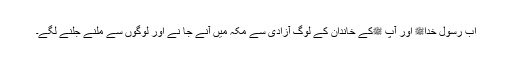
اب رسول خداﷺ اور آپ ﷺکے خاندان کے لوگ آزادی سے مکہ میں آنے جا نے اور لوگوں سے ملنے جلنے لگے۔